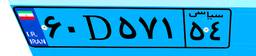
۰۸D۰۲۹۸۹